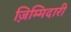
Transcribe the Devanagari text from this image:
ज़िम्मिदारी